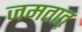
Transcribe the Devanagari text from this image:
जमतात़